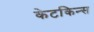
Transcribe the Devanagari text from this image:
केटकिन्स